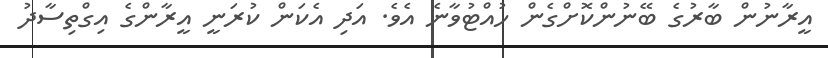
އީރާނުން ބާރުގެ ބޭނުންކޮށްގެން ހުއްޓުވާނެ އެވެ. އަދި އެކަން ކުރަނީ އީރާންގެ އިގްތިސާދު